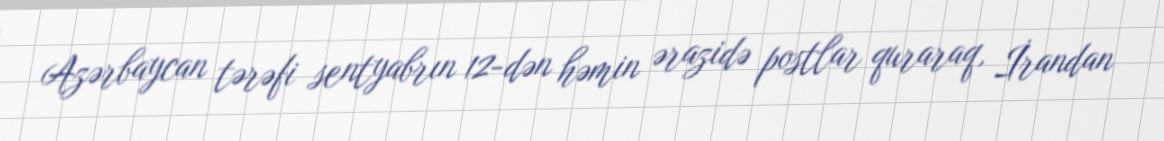
Azərbaycan tərəfi sentyabrın 12-dən həmin ərazidə postlar quraraq, İrandan